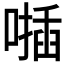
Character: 𠿂